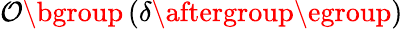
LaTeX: \mathcal{O}\mathopen{}\mathclose\bgroup\left(\delta\aftergroup\egroup\right)